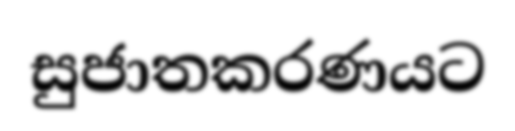
සුජාතකරණයට